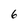
Character: 6